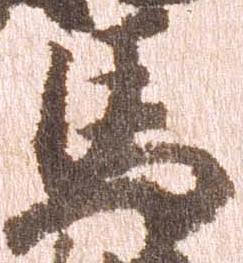
馬